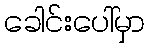
ခေါင်းပေါ်မှာ